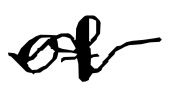
Text: of
Cross-out: wave
Writing tool: digital_black